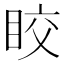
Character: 𥅟